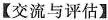
【交流与评估】